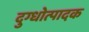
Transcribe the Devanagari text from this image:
दुग्धोत्पादक